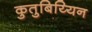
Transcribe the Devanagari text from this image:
कुतुबिय्यिन